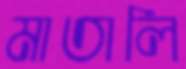
মাতালি